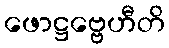
ဖောဋ္ဌဗ္ဗေဟီတိ